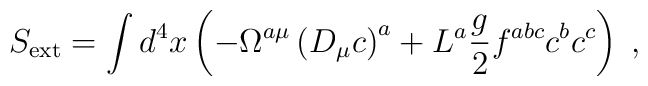
S_{\mathrm{ext}}=\int d^{4}x\left( -\Omega ^{a\mu }\left( D_{\mu }c\right)^{a}+L^{a}\frac{g}{2}f^{abc}c^{b}c^{c}\right) \;,